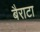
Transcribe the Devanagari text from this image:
बैराटा